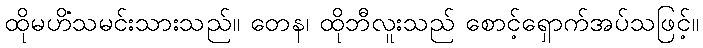
ထိုမဟိံသမင်းသားသည်။ တေန၊ ထိုဘီလူးသည် စောင့်ရှောက်အပ်သဖြင့်။